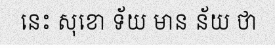
នេះ សុខោ ទ័យ មាន ន័យ ថា